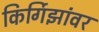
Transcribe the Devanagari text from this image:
किर्गिझांवर